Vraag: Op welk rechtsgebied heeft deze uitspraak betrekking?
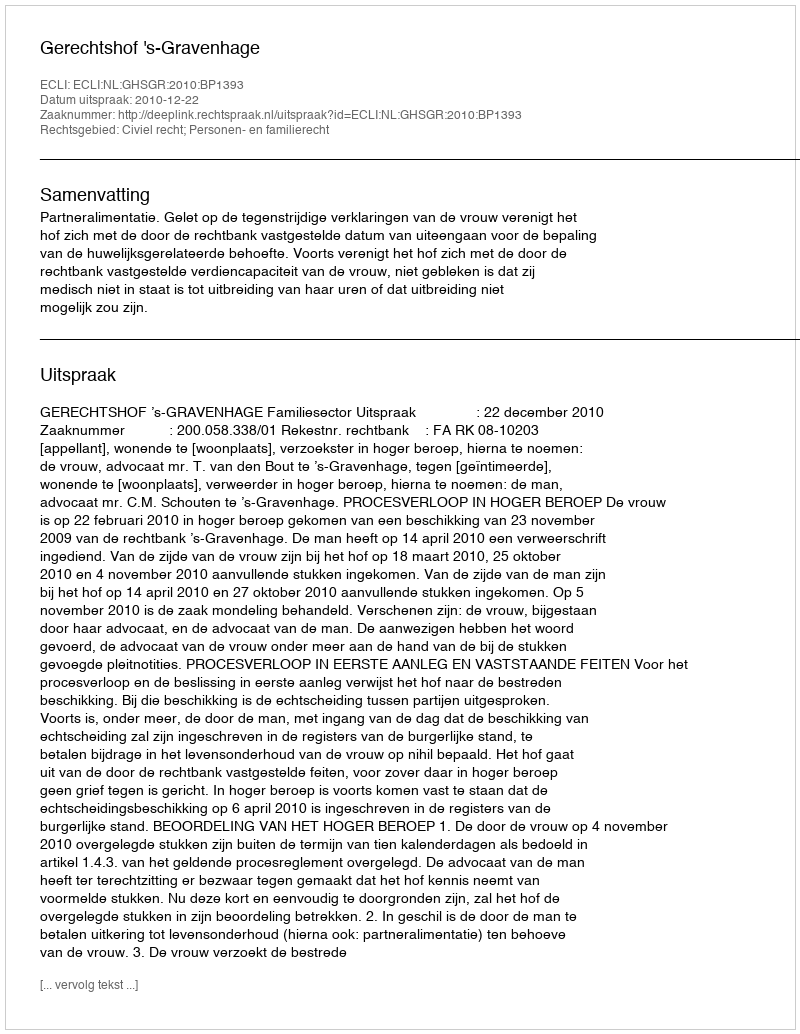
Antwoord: Civiel recht; Personen- en familierecht